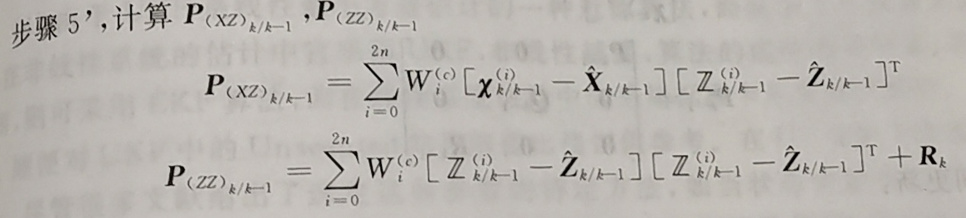
步骤 5', 计算 $\boldsymbol{P}_{(XZ)_{k/k - 1}}, \boldsymbol{P}_{(ZZ)_{k/k - 1}}$
\[
\boldsymbol{P}_{(XZ)_{k/k - 1}} = \sum_{i = 0}^{2n} W_{i}^{(c)} \left[\boldsymbol{\chi}_{k/k - 1}^{(i)} - \hat{\boldsymbol{X}}_{k/k - 1}\right] \left[\boldsymbol{Z}_{k/k - 1}^{(i)} - \hat{\boldsymbol{Z}}_{k/k - 1}\right]^{\mathrm{T}}
\]
\[
\boldsymbol{P}_{(ZZ)_{k/k - 1}} = \sum_{i = 0}^{2n} W_{i}^{(c)} \left[\boldsymbol{Z}_{k/k - 1}^{(i)} - \hat{\boldsymbol{Z}}_{k/k - 1}\right] \left[\boldsymbol{Z}_{k/k - 1}^{(i)} - \hat{\boldsymbol{Z}}_{k/k - 1}\right]^{\mathrm{T}} + \boldsymbol{R}_{k}
\]